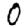
Digit: 0